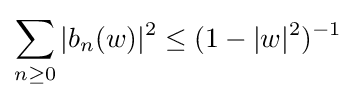
\sum _{n\geq 0}|b_{n}(w)|^{2}\leq (1-|w|^{2})^{-1}